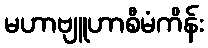
မဟာဗျူဟာစီမံကိန်း